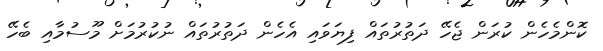
ކޮންމެހެން ކުރަން ޖެހޭ ދަތުރުތައް ފިޔަވައި އެހެން ދަތުރުތައް ނުކުރުމަށް މޫސުމާއި ބެހޭ